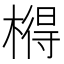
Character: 𣘱